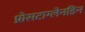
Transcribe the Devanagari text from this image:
प्रोसटाग्लेनडिन